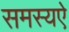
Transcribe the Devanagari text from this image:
समस्यऐ